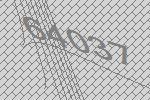
64037